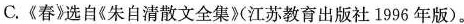
C.《春》选自《朱自清散文全集》江苏(教育出版社1996年版)。